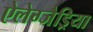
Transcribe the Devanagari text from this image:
ऐलेग्जैड्रिया